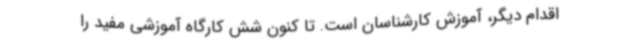
اقدام دیگر، آموزش کارشناسان است. تا کنون شش کارگاه آموزشی مفید را